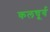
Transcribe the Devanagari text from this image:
कलचूर्य